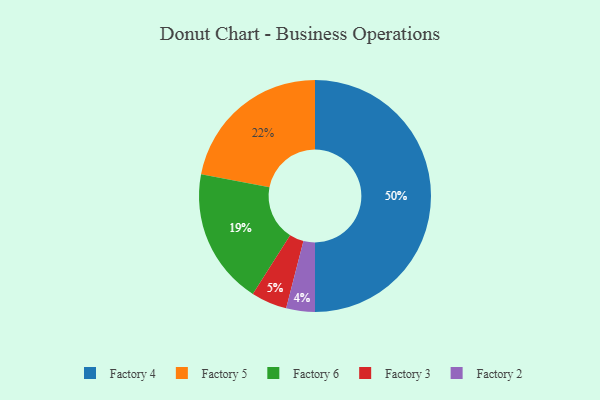
{"axis": {"x": "Category", "y": "Percentage"}, "legend": ["Factory 2", "Factory 3", "Factory 4", "Factory 5", "Factory 6"], "data": [{"x": "Factory 3", "y": 5, "type": "Factory 3"}, {"x": "Factory 4", "y": 50, "type": "Factory 4"}, {"x": "Factory 5", "y": 22, "type": "Factory 5"}, {"x": "Factory 6", "y": 19, "type": "Factory 6"}, {"x": "Factory 2", "y": 4, "type": "Factory 2"}]}